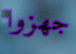
جهزوا